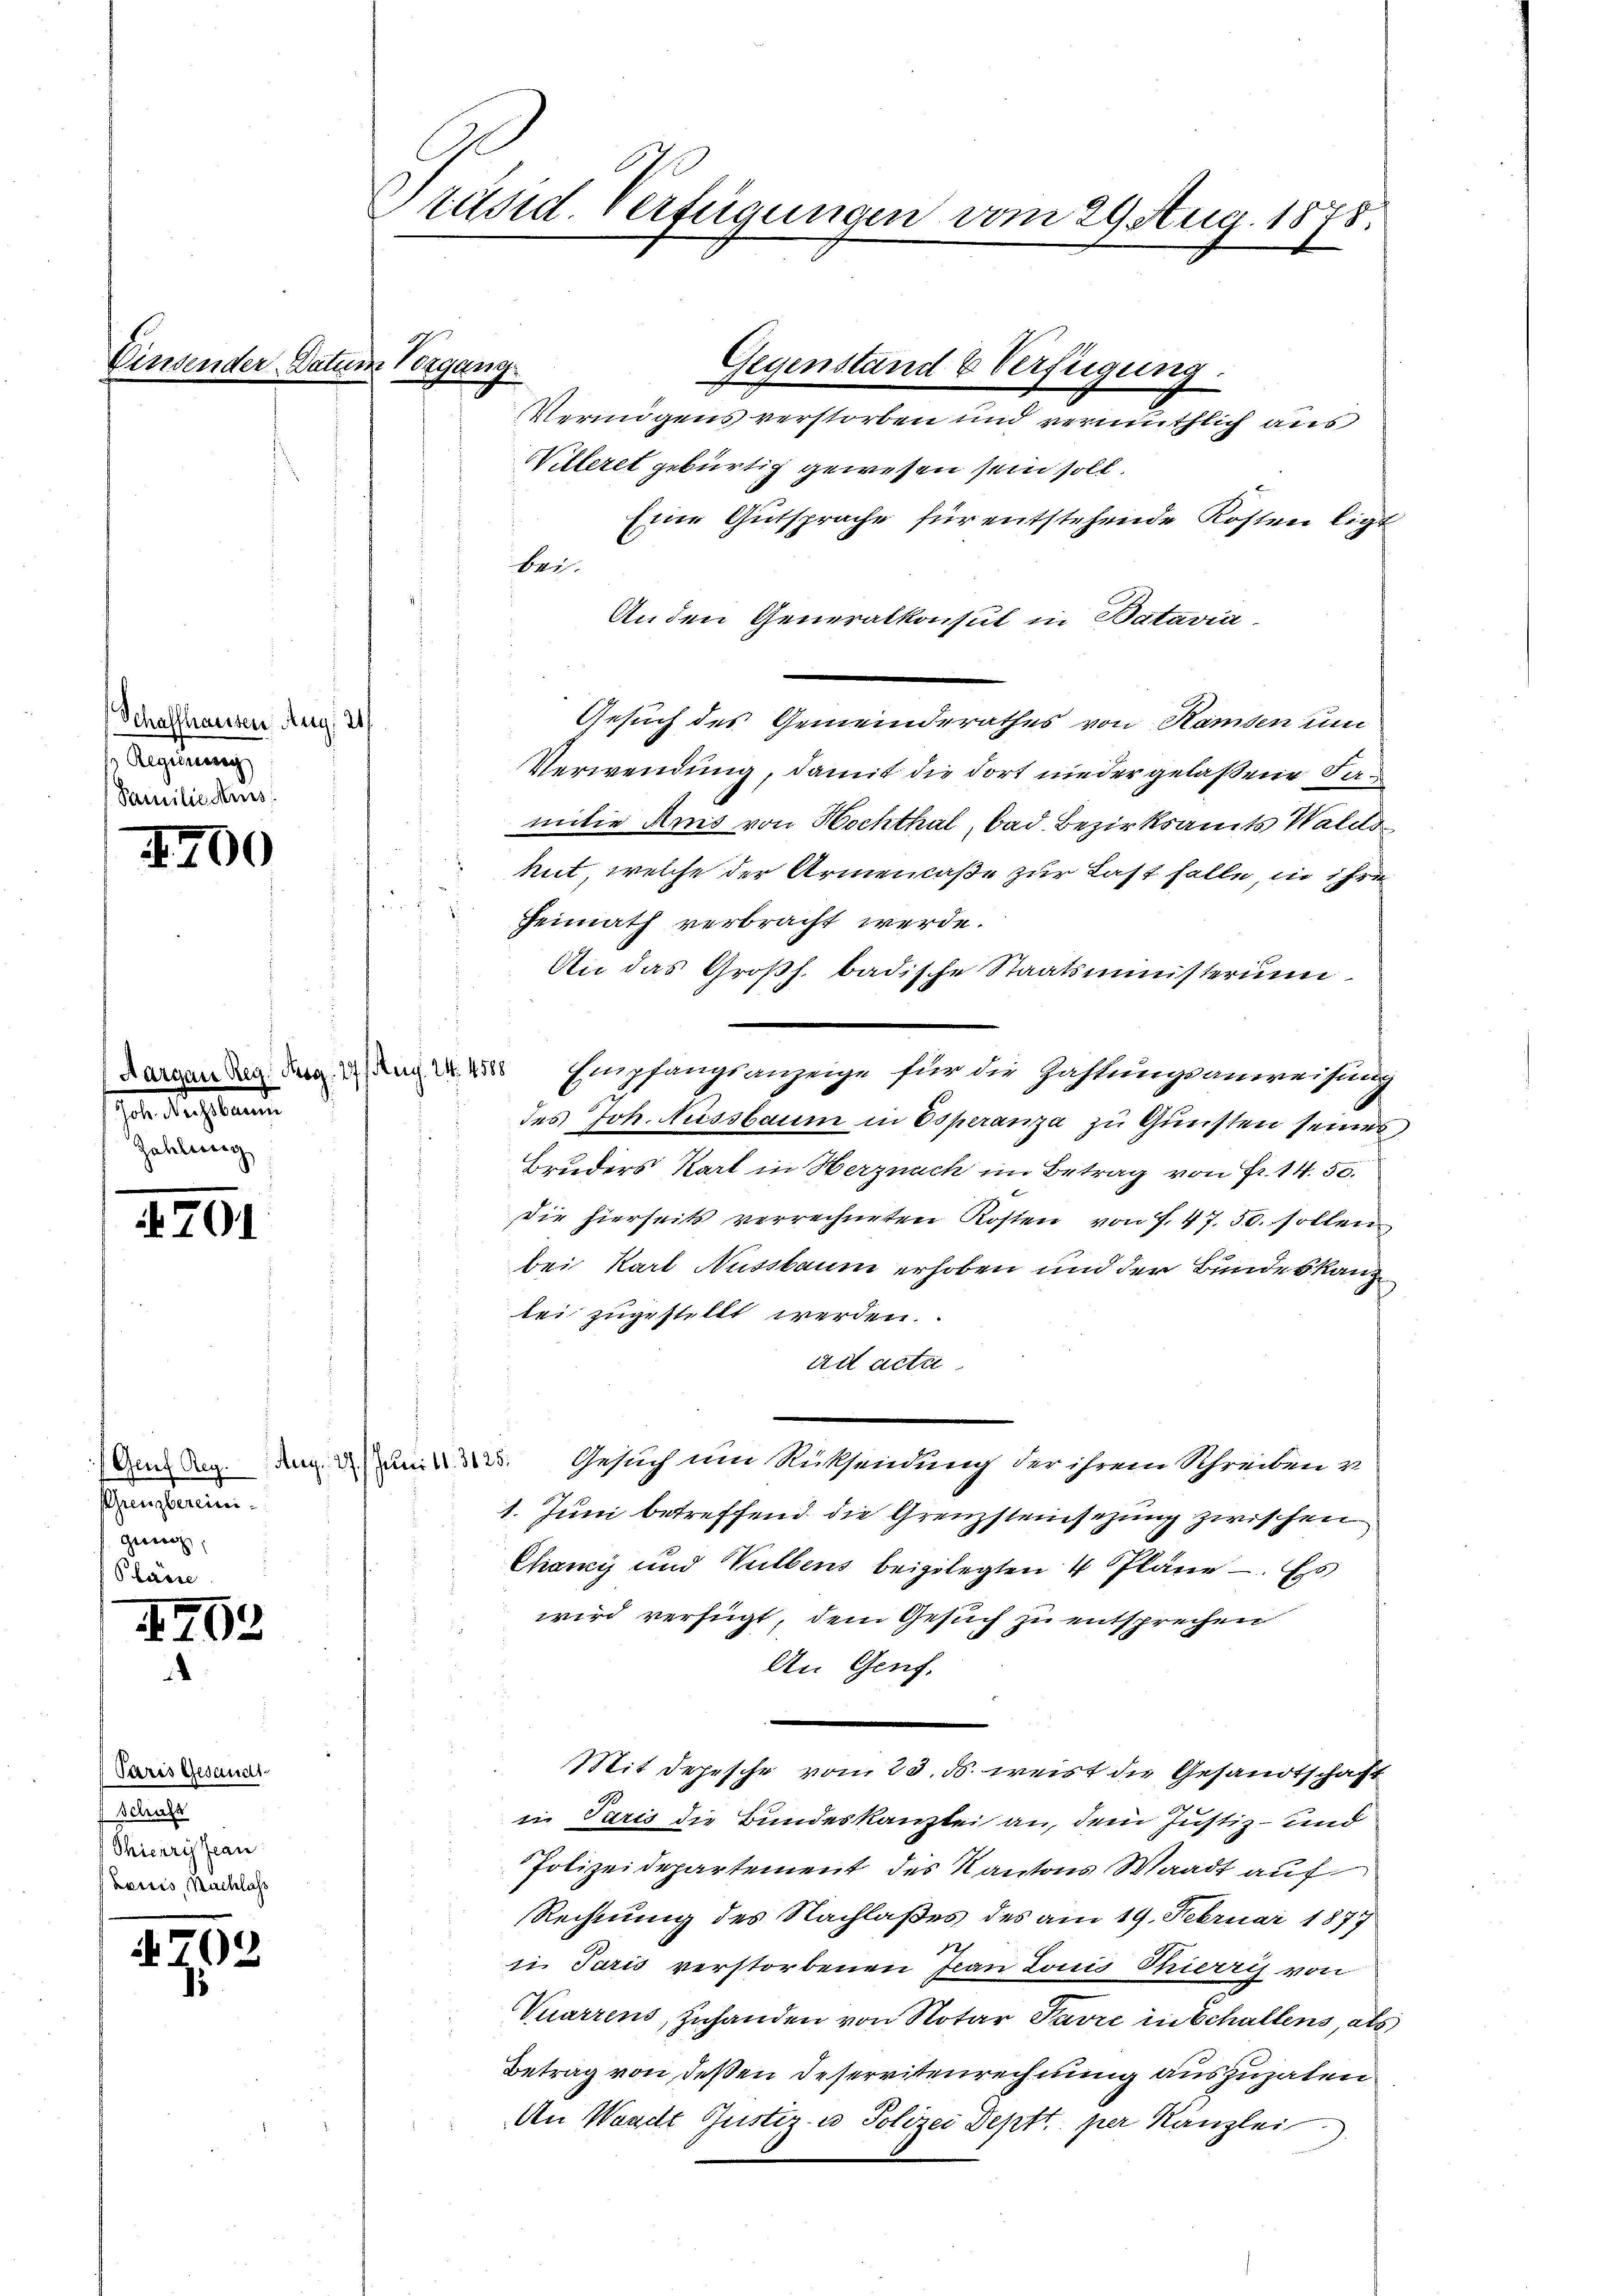
Penn

Schaffhausen Aug. 21.
Aegierung
Familiedens

47

0

ehe durch einen
Zahlung

n
701

(Gauf Reg.
Grenzbereinigerrech

4762

(Paris Gesandt
a
Thierry Jean
Lauis, Nachlass

4702

Präsid. Verfügungen vom 29 Aug. 1878.

es Vergang.

Willeret gebürtig gewesen sein soll.
Eine Gutsprache für entstehende Kosten ligt
ber
An den Generalkonsul in Batavia
Gesuch des Gemeinderathes von Ramsen um
Verwendung, damit die dort nieder gelassene Famitiv Ains von Hochthal, bad Bezirksamts Walds
hut, welche der ArmenCaße zur Last halte, in ihre
Heimath verbracht werde.
An das Großh. badische Staatsministerium
Dargenden den den Empfangsanzeige für die Zahlungsanweisung
 des Joh. Aussbaum in Esperanza zu Gunsten seines
Bruders Kart in Herznach im Betrag von Fr. 14. 50.
Die hierseits verrechneten Kosten von f. 47. 50. sollen
bei Karl Aussbaum erhoben und der Bundeskanz
lei zugestellt werden.
ad acta
Gesuch um Rücksendung der ihrem Schreiben v
1. Juni betreffend die Grenzsteinsezung zwischen
Chany und Vulbens beigelegten 4 Pläne. Es
wird verfügt, dem Gesuch zu entsprechen
An Genf.
Mit Depesche vom 23. ds. weist die Gesandtschaft
in Paris die Bundeskanzlei an, dem Justiz- und
Polizeidepartement des Kantons Waadt auf
Rechnung des Nachlaßes des am 19. Februar 1877
in Paris verstorbenen Jean Louis Thierris von
Vuarrens, Zuhanden von Notar Pavre in Schallens, als
Betrag von deßen Deservitenrechnung auszugaten
An Waadt Gustiz- u Polizei Deptt per Kanzlei

Aug., 27. Juni 11. 3625.

Gegenstand & Verfügung.
Vermögens verstorben und vermuthlich aus